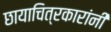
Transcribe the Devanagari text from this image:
छायाचित्रकारांनी